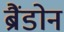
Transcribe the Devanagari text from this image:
ब्रैंडोन